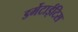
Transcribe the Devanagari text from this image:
डर्मेटाईटिस